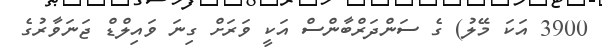
3900 އަކަ މޭލު) ގެ ސަންދަރްބާންސް އަކީ ވަރަށް ގިނަ ވައިލްޑް ޖަނަވާރުގެ